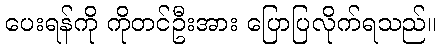
ပေးရန်ကို ကိုတင်ဦးအား ပြောပြလိုက်ရသည်။